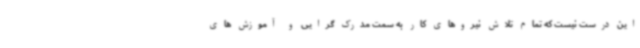
این درست نیست که تمام تلاش نیروهای کار به سمت مدرک گرایی و آموزش های